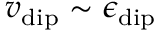
v _ { \mathrm { d i p } } \sim \epsilon _ { \mathrm { d i p } }